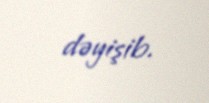
dəyişib.